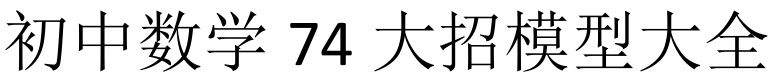
初中数学 \(74\) 大招模型大全